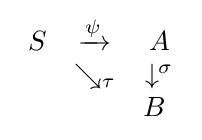
{\begin{array}{ccc}S&\xrightarrow {\psi } &A\\&\searrow _{\tau }&\downarrow ^{\sigma }\\&&B\ \end{array}}